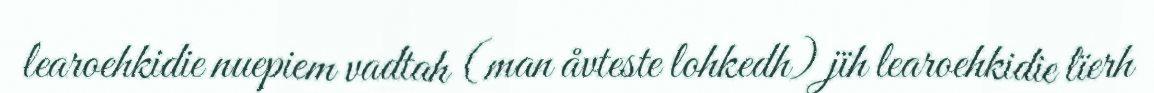
learoehkidie nuepiem vadtah (man åvteste lohkedh) jïh learoehkidie lïerh